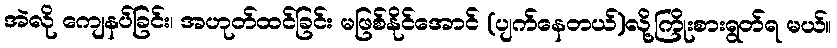
အဲလို ကျေနပ်ခြင်း၊ အဟုတ်ထင်ခြင်း မဖြစ်နိုင်အောင် (ပျက်နေတယ်)လို့ကြိုးစားရွတ်ရ မယ်။